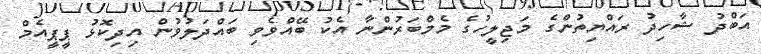
އަބްދު ޝާހިދު ރައްޔިތުންގެ މަޖިލީހުގެ މެމްބަރުންނާ އެކު ބޭއްވެވި ބައްދަލުވުން އިދިކޮޅު ޕީޕީއެމް